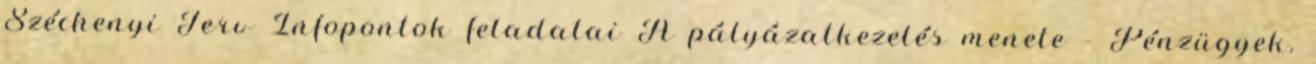
Széchenyi Terv Infopontok feladatai A pályázatkezelés menete – Pénzügyek.